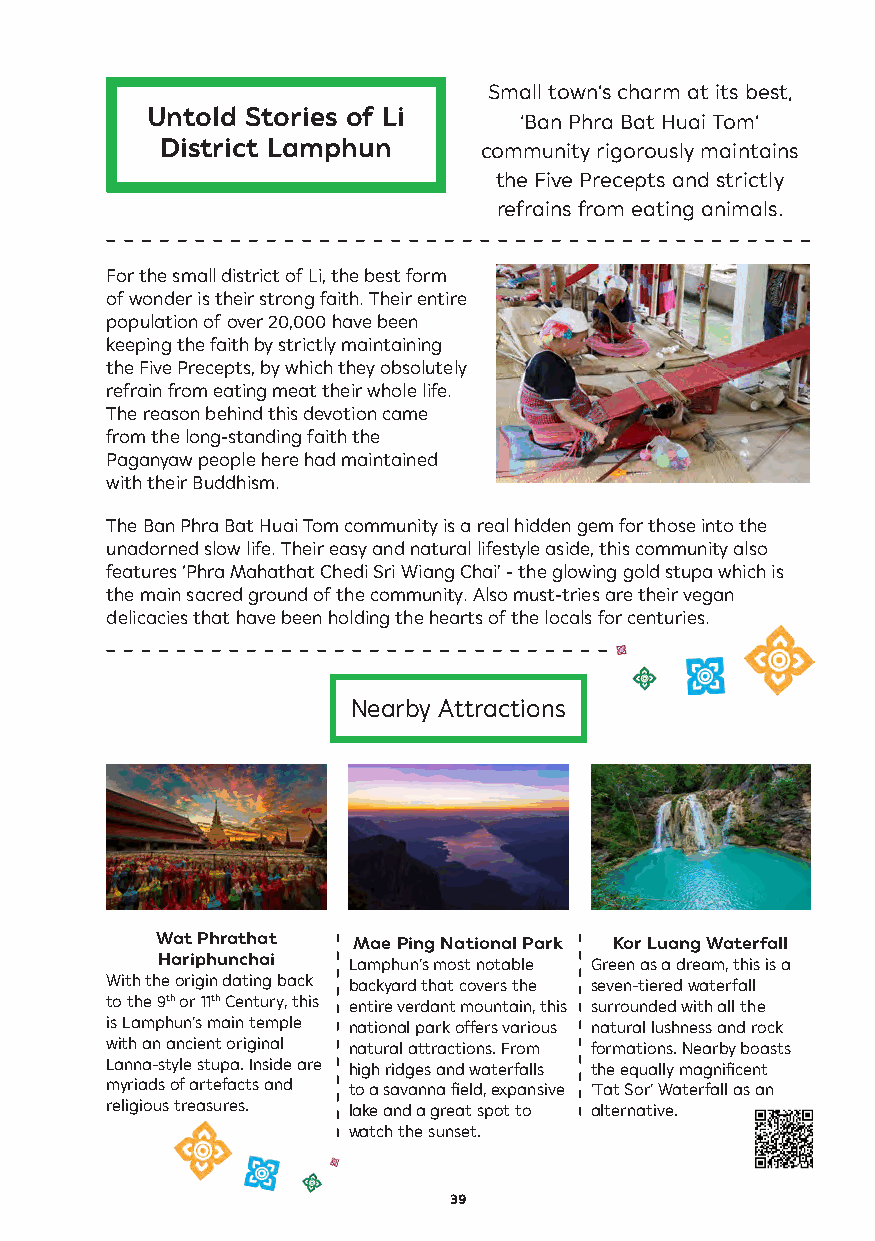
Small town’s charm at its best,
 Untold Stories of Li    ‘Ban Phra Bat Huai Tom’
 District Lamphun     community rigorously maintains
 the Five Precepts and strictly
 refrains from eating animals.
 For the small district of Li, the best form
 of wonder is their strong faith. Their entire
 population of over 20,000 have been
 keeping the faith by strictly maintaining
 the Five Precepts, by which they obsolutely
 refrain from eating meat their whole life.
 The reason behind this devotion came
 from the long-standing faith the
 Paganyaw people here had maintained
 with their Buddhism.
 The Ban Phra Bat Huai Tom community is a real hidden gem for those into the
 unadorned slow life. Their easy and natural lifestyle aside, this community also
 features ‘Phra Mahathat Chedi Sri Wiang Chai’ - the glowing gold stupa which is
 the main sacred ground of the community. Also must-tries are their vegan
 delicacies that have been holding the hearts of the locals for centuries.
 Nearby Attractions
 Wat Phrathat Mae Ping National Park Kor Luang Waterfall
 Hariphunchai Lamphun’s most notable Green as a dream, this is a
 With the origin dating back backyard that covers the seven-tiered waterfall
 to the 9th or 11th Century, this entire verdant mountain, this surrounded with all the
 is Lamphun’s main temple national park offers various natural lushness and rock
 with an ancient original natural attractions. From formations. Nearby boasts
 Lanna-style stupa. Inside are high ridges and waterfalls the equally magnificent
 myriads of artefacts and to a savanna field, expansive ‘Tat Sor’ Waterfall as an
 religious treasures. lake and a great spot to alternative.
 watch the sunset.
 39